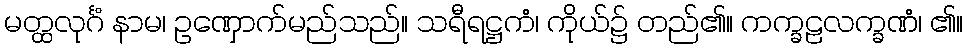
မတ္ထလုင်္ဂံ နာမ၊ ဥဏှောက်မည်သည်။ သရီရဋ္ဌကံ၊ ကိုယ်၌ တည်၏။ ကက္ခဠလက္ခဏံ၊ ၏။